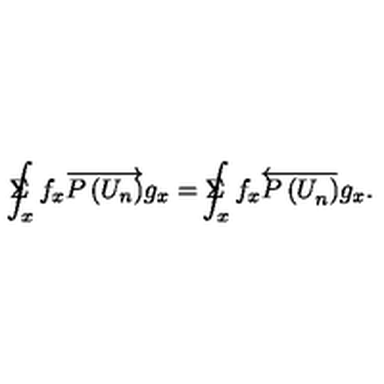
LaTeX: \Sigma \! \! \! \! \! \! \int _ { x } f _ { x } \overrightarrow { P \left( U _ { n } \right) } g _ { x } = \Sigma \! \! \! \! \! \! \int _ { x } f _ { x } \overleftarrow { P \left( U _ { n } ^ { } \right) } g _ { x } .